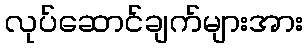
လုပ်ဆောင်ချက်များအား